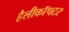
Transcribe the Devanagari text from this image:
हैलीकाॅपटर